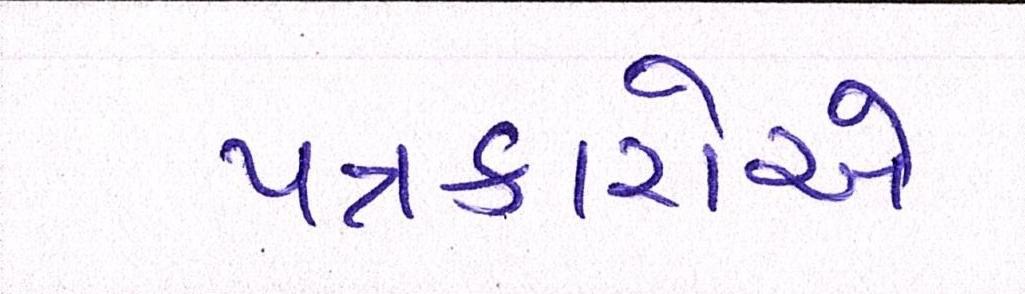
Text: પત્રકારોએ